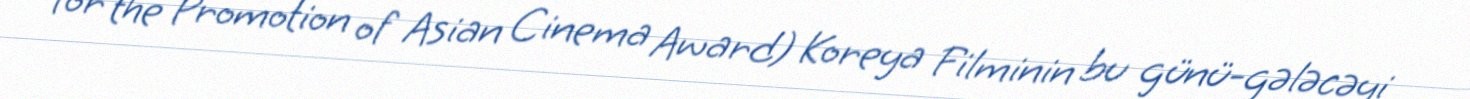
for the Promotion of Asian Cinema Award) Koreya Filminin bu günü-gələcəyi